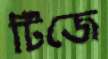
টিজে